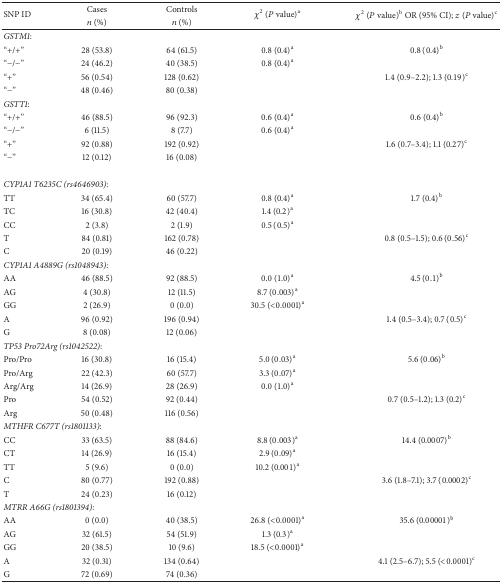
<table><thead><tr><td rowspan="2"><b>SNP ID</b></td><td><b>Cases</b></td><td><b>Controls</b></td><td rowspan="2"><b><i>χ</i><sup>2</sup> (<i>P</i> value)<sup>a</sup></b></td><td rowspan="2"><b><i>χ</i><sup>2</sup> (<i>P</i> value)<sup>b</sup> OR (95% CI); <i>z</i> (<i>P</i> value)<sup>c</sup></b></td></tr><tr><td><b><i>n</i> (%)</b></td><td><b><i>n</i> (%)</b></td></tr></thead><tbody><tr><td><i>GSTM1</i>:</td><td> </td><td> </td><td> </td><td> </td></tr><tr><td>“+/+”</td><td>28 (53.8)</td><td>64 (61.5)</td><td>0.8 (0.4)<sup>a</sup></td><td>0.8 (0.4)<sup>b</sup></td></tr><tr><td>“−/−”</td><td>24 (46.2)</td><td>40 (38.5)</td><td>0.8 (0.4)<sup>a</sup></td><td> </td></tr><tr><td>“+”</td><td>56 (0.54)</td><td>128 (0.62)</td><td> </td><td>1.4 (0.9–2.2); 1.3 (0.19)<sup>c</sup></td></tr><tr><td>“−”</td><td>48 (0.46)</td><td>80 (0.38)</td><td> </td><td> </td></tr><tr><td><i>GSTT1</i>:</td><td> </td><td> </td><td> </td><td> </td></tr><tr><td>“+/+”</td><td>46 (88.5)</td><td>96 (92.3)</td><td>0.6 (0.4)<sup>a</sup></td><td>0.6 (0.4)<sup>b</sup></td></tr><tr><td>“−/−”</td><td>6 (11.5)</td><td>8 (7.7)</td><td>0.6 (0.4)<sup>a</sup></td><td> </td></tr><tr><td>“+”</td><td>92 (0.88)</td><td>192 (0.92)</td><td> </td><td>1.6 (0.7–3.4); 1.1 (0.27)<sup>c</sup></td></tr><tr><td>“−”</td><td>12 (0.12)</td><td>16 (0.08)</td><td> </td><td> </td></tr><tr><td> </td><td> </td><td> </td><td> </td><td> </td></tr><tr><td colspan="5"><i>CYP1A1 T6235C (rs4646903)</i>:</td></tr><tr><td>TT</td><td>34 (65.4)</td><td>60 (57.7)</td><td>0.8 (0.4)<sup>a</sup></td><td>1.7 (0.4)<sup>b</sup></td></tr><tr><td>TC</td><td>16 (30.8)</td><td>42 (40.4)</td><td>1.4 (0.2)<sup>a</sup></td><td> </td></tr><tr><td>CC</td><td>2 (3.8)</td><td>2 (1.9)</td><td>0.5 (0.5)<sup>a</sup></td><td> </td></tr><tr><td>T</td><td>84 (0.81)</td><td>162 (0.78)</td><td> </td><td>0.8 (0.5–1.5); 0.6 (0.56)<sup>c</sup></td></tr><tr><td>C</td><td>20 (0.19)</td><td>46 (0.22)</td><td> </td><td> </td></tr><tr><td colspan="5"><i>CYP1A1 A4889G (rs1048943)</i>:</td></tr><tr><td>AA</td><td>46 (88.5)</td><td>92 (88.5)</td><td>0.0 (1.0)<sup>a</sup></td><td>4.5 (0.1)<sup>b</sup></td></tr><tr><td>AG</td><td>4 (30.8)</td><td>12 (11.5)</td><td>8.7 (0.003)<sup>a</sup></td><td> </td></tr><tr><td>GG</td><td>2 (26.9)</td><td>0 (0.0)</td><td>30.5 (&lt;0.0001)<sup>a</sup></td><td> </td></tr><tr><td>A</td><td>96 (0.92)</td><td>196 (0.94)</td><td> </td><td>1.4 (0.5–3.4); 0.7 (0.5)<sup>c</sup></td></tr><tr><td>G</td><td>8 (0.08)</td><td>12 (0.06)</td><td> </td><td> </td></tr><tr><td colspan="5"><i>TP53 Pro72Arg (rs1042522)</i>:</td></tr><tr><td>Pro/Pro</td><td>16 (30.8)</td><td>16 (15.4)</td><td>5.0 (0.03)<sup>a</sup></td><td>5.6 (0.06)<sup>b</sup></td></tr><tr><td>Pro/Arg</td><td>22 (42.3)</td><td>60 (57.7)</td><td>3.3 (0.07)<sup>a</sup></td><td> </td></tr><tr><td>Arg/Arg</td><td>14 (26.9)</td><td>28 (26.9)</td><td>0.0 (1.0)<sup>a</sup></td><td> </td></tr><tr><td>Pro</td><td>54 (0.52)</td><td>92 (0.44)</td><td> </td><td>0.7 (0.5–1.2); 1.3 (0.2)<sup>c</sup></td></tr><tr><td>Arg</td><td>50 (0.48)</td><td>116 (0.56)</td><td> </td><td> </td></tr><tr><td colspan="5"><i>MTHFR C677T (rs1801133)</i>:</td></tr><tr><td>CC</td><td>33 (63.5)</td><td>88 (84.6)</td><td>8.8 (0.003)<sup>a</sup></td><td>14.4 (0.0007)<sup>b</sup></td></tr><tr><td>CT</td><td>14 (26.9)</td><td>16 (15.4)</td><td>2.9 (0.09)<sup>a</sup></td><td> </td></tr><tr><td>TT</td><td>5 (9.6)</td><td>0 (0.0)</td><td>10.2 (0.001)<sup>a</sup></td><td> </td></tr><tr><td>C</td><td>80 (0.77)</td><td>192 (0.88)</td><td> </td><td>3.6 (1.8–7.1); 3.7 (0.0002)<sup>c</sup></td></tr><tr><td>T</td><td>24 (0.23)</td><td>16 (0.12)</td><td> </td><td> </td></tr><tr><td colspan="5"><i>MTRR A66G (rs1801394)</i>:</td></tr><tr><td>AA</td><td>0 (0.0)</td><td>40 (38.5)</td><td>26.8 (&lt;0.0001)<sup>a</sup></td><td>35.6 (0.00001)<sup>b</sup></td></tr><tr><td>AG</td><td>32 (61.5)</td><td>54 (51.9)</td><td>1.3 (0.3)<sup>a</sup></td><td> </td></tr><tr><td>GG</td><td>20 (38.5)</td><td>10 (9.6)</td><td>18.5 (&lt;0.0001)<sup>a</sup></td><td> </td></tr><tr><td>A</td><td>32 (0.31)</td><td>134 (0.64)</td><td> </td><td>4.1 (2.5–6.7); 5.5 (&lt;0.0001)<sup>c</sup></td></tr><tr><td>G</td><td>72 (0.69)</td><td>74 (0.36)</td><td> </td><td> </td></tr></tbody></table>